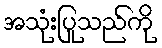
အသုံးပြုသည်ကို